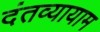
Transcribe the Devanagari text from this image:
दंतव्यायाम